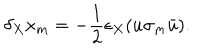
\delta _ { X } x _ { m } = - \frac 1 2 \epsilon _ { X } ( u \sigma _ { m } \bar { u } ) .